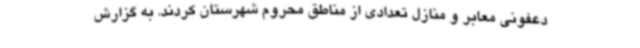
دعفونی معابر و منازل تعدادی از مناطق محروم شهرستان کردند. به گزارش